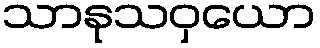
သာနုသဝှယော